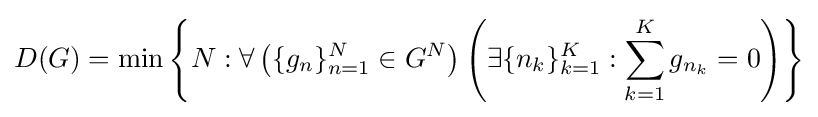
D(G)=\min \left\{N:\forall \left(\{g_{n}\}_{n=1}^{N}\in G^{N}\right)\left(\exists \{n_{k}\}_{k=1}^{K}:\sum _{k=1}^{K}{g_{n_{k}}}=0\right)\right\}